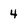
Character: 4